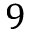
9